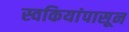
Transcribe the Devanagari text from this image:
स्वकियांपासून